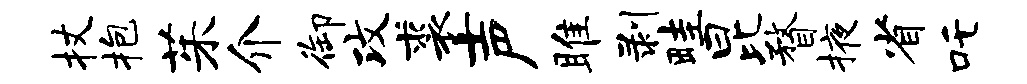
杖抱茱介御攻裘声雎剥畦昆瞀掖省吒